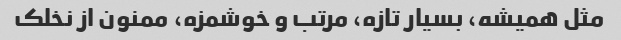
مثل همیشه، بسیار تازه، مرتب و خوشمزه، ممنون از نخلک